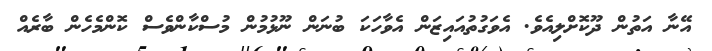
އޭނާ އަތުން ދޫކޮށްލިއެވެ. އެވަގުތުއައިޒަން އެވާހަކަ ބުނަން ނޫޅުމުން މުސްކާންވެސް ކޮންމެހެން ބާރެއް